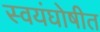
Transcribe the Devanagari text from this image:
स्वयंघोषीत